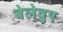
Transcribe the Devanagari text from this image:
बेलेवुए